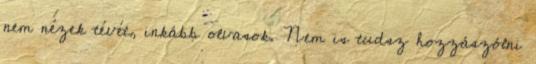
nem nézek tévét, inkább olvasok. Nem is tudsz hozzászólni